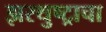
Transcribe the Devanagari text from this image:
झरथुष्ट्राचा